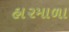
હા૨માળા